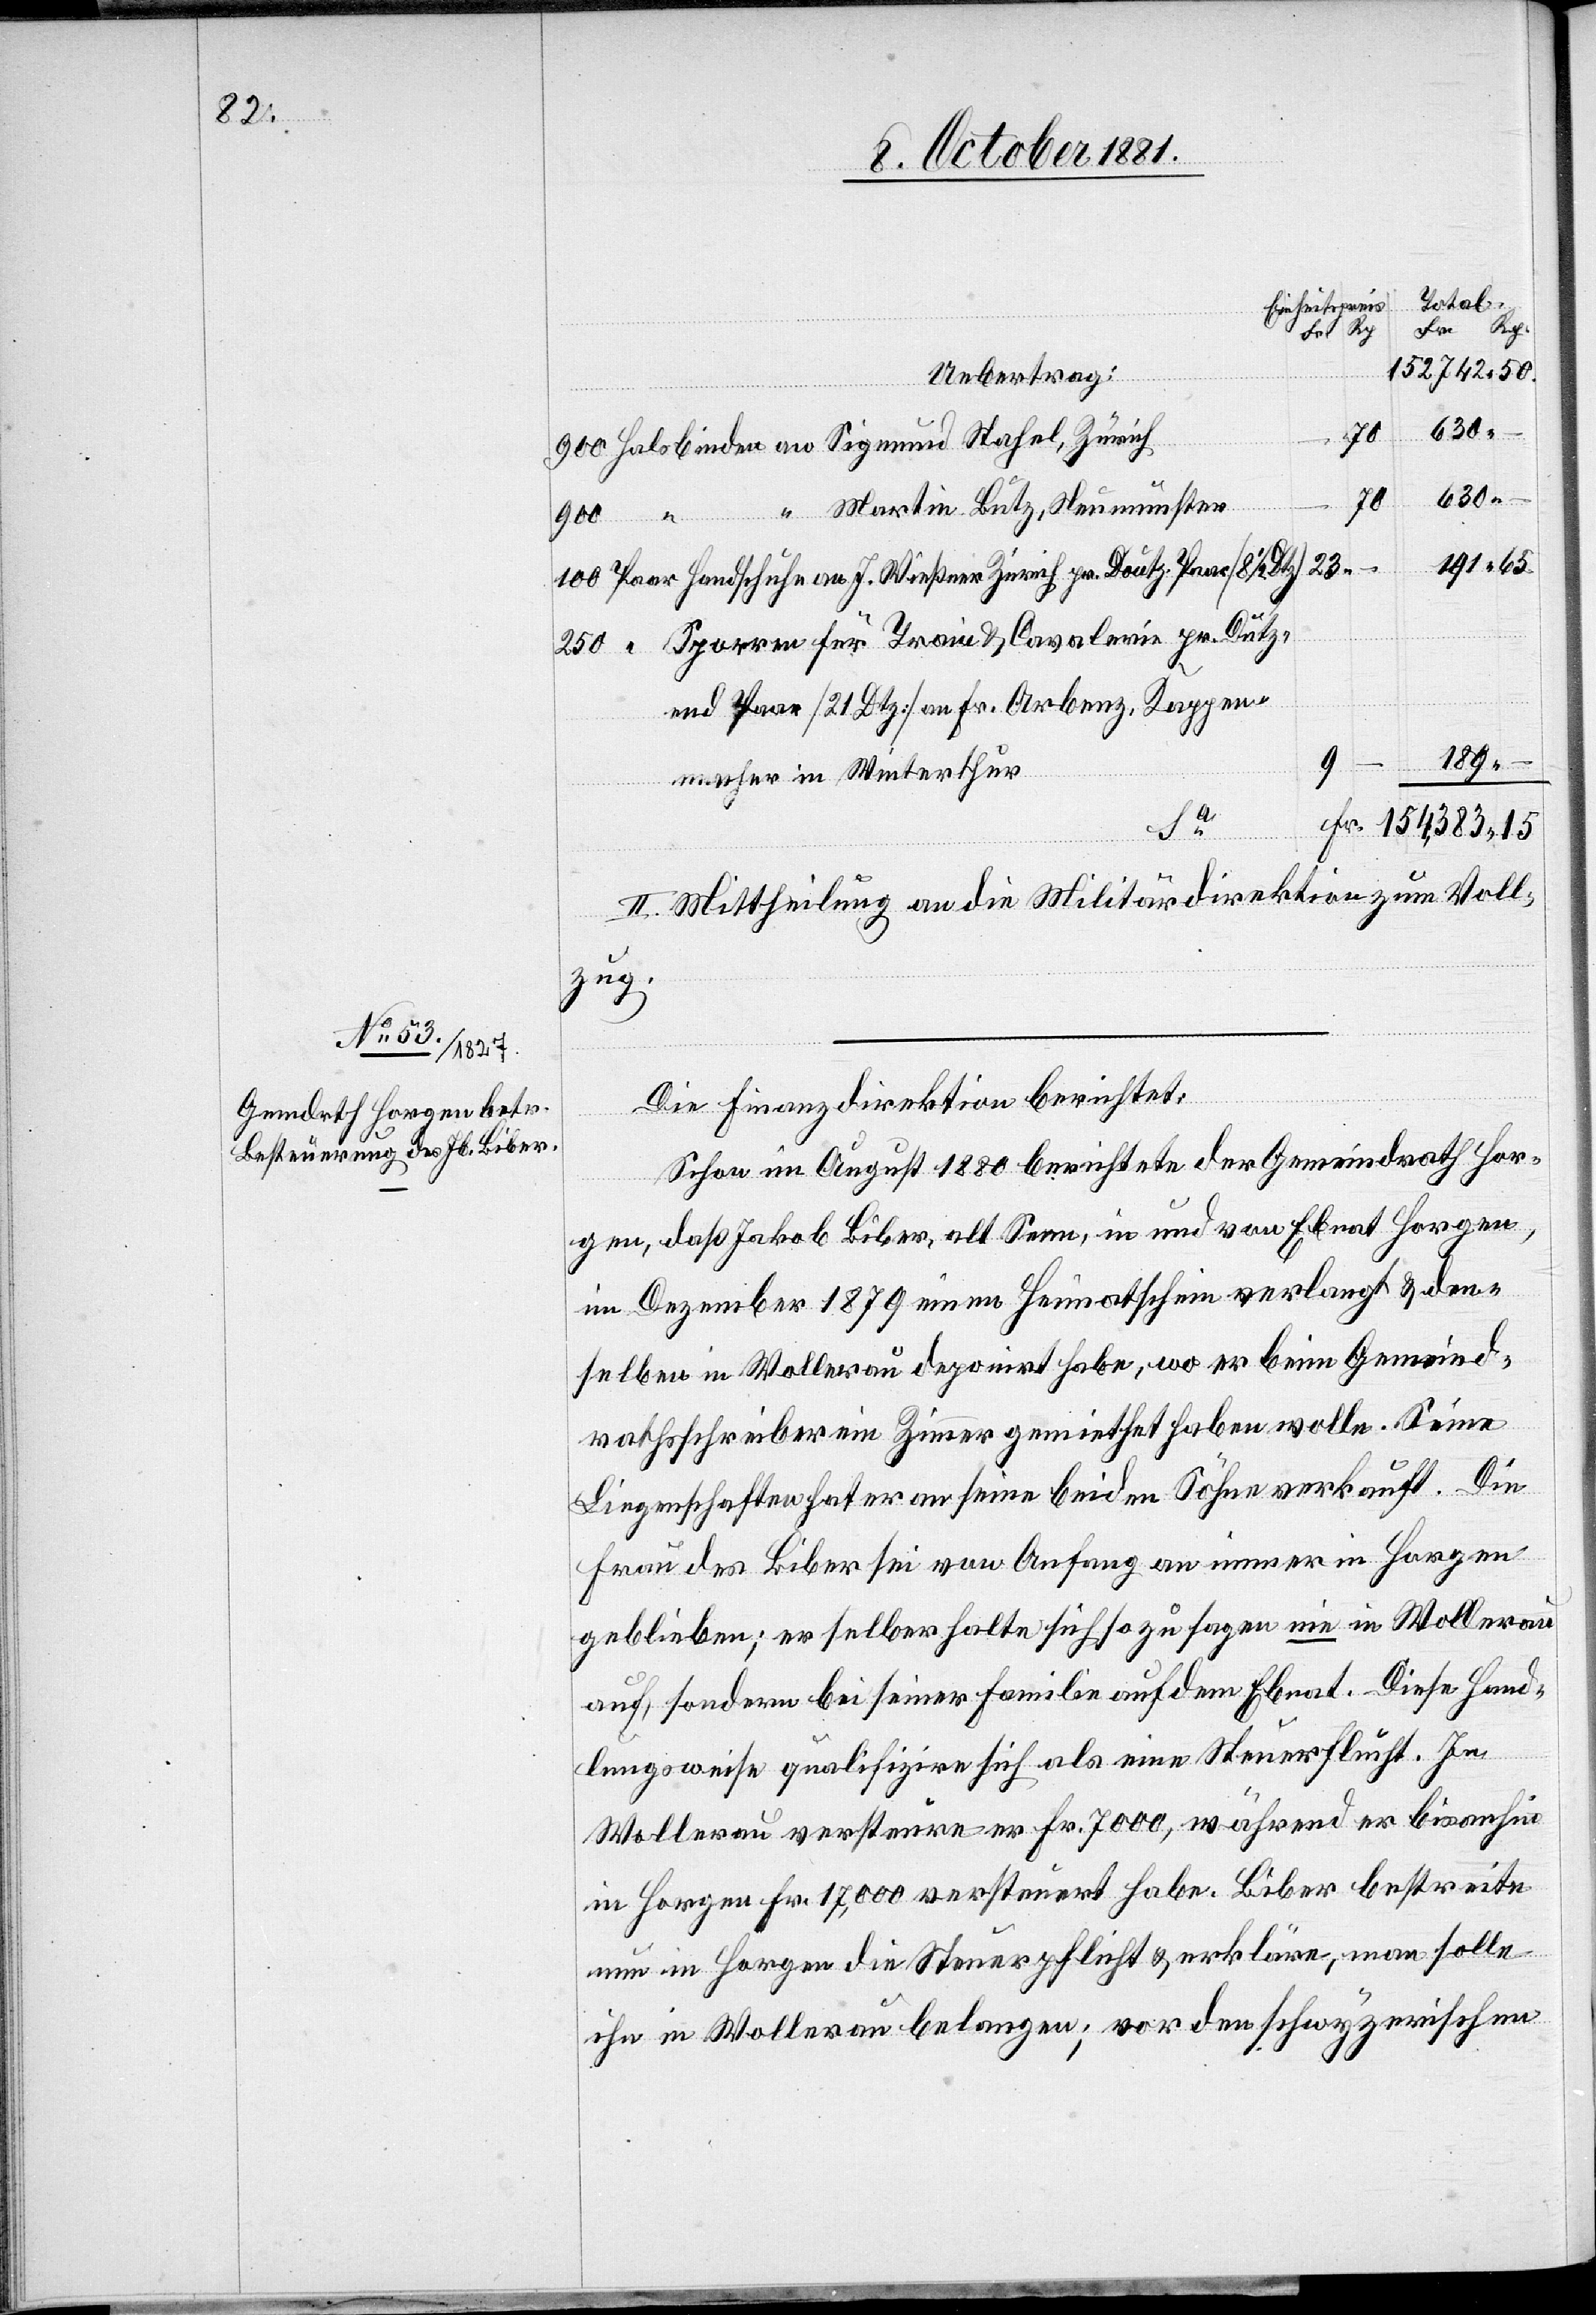
Total.
Einheitspreis
–
Uebertrag:
250
Halsbinden an Sigmund Stahel, Zürich
630
70
“ Martin Butz, Neumünster
100
Paar Handschuhe an J. Wießner Zürich pr. Doutz Paare (8 1/2
23
ar] Sporren für Train & Cavalerie pr. Dutz¬
end Paar (21 Dtz) an Fr. Arbenz, Kappen¬
189
macher in Winterthur
Fr.
II. Mittheilung an die Militärdirektion zum Voll¬
zug.
Die Finanzdirektion berichtet:
Schon im August 1880 berichtete der Gemeindrath Hor¬
gen, daß Jakob Biber, alt Senn, in und von Ebnat Horgen,
im Dezember 1879 einen Heimatschein verlangt & den¬
selben in Wollerau deponirt habe, wo er beim Gemeind¬
rathsschreiber ein Zimmer gemiethet haben wolle. Seine
Liegenschaften hat er an seine beiden Söhne verkauft. Die
Frau des Biber sei von Anfang an immer in Horgen
geblieben; er selber halte sich so zu sagen nie in Wollerau
auf, sondern bei seiner Familie auf dem Ebnat. Diese Hand¬
lungsweise qualifizire sich als eine Steuerflucht. In
Wollerau versteure er Fr. 7000, während er bisanhin
in Horgen Fr. 17,000 versteuert habe. Biber bestreite
nun in Horgen die Steuerpflicht & erkläre, man solle
ihn in Wollerau belangen; vor den schwyzerischen